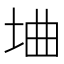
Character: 𫭭